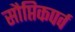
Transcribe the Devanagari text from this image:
सौप्तिकपर्व